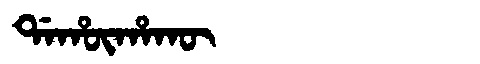
Manchu: ᡩᠠᡥᡡᡥᠠᡴᡡ
Romanization: DAHŪHAKŪ